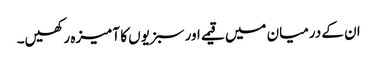
ان کے درمیان میں قیمے اور سبزیوں کا آمیزہ رکھیں۔